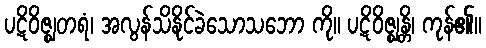
ပဋိဝိဇ္ဈတရံ၊ အလွန်သိနိုင်ခဲသောသဘော ကို။ ပဋိဝိဇ္ဈန္တိ၊ ကုန်၏။